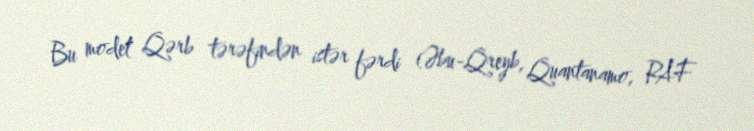
Bu model Qərb tərəfindən istər fərdi (Əbu-Qreyb, Quantanamo, RAF